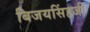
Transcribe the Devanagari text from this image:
बिजयसिंहजी